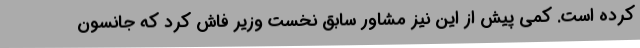
کرده است. کمی پیش از این نیز مشاور سابق نخست وزیر فاش کرد که جانسون